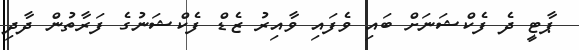
ޕާޓީ ދެ ފެކްޝަނަށް ބައި ވެފައި ވާއިރު ޒެޑް ފެކްޝަނުގެ ފަރާތުން ދާދި